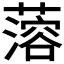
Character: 𰲆